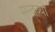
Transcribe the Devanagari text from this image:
मन्तव्यो